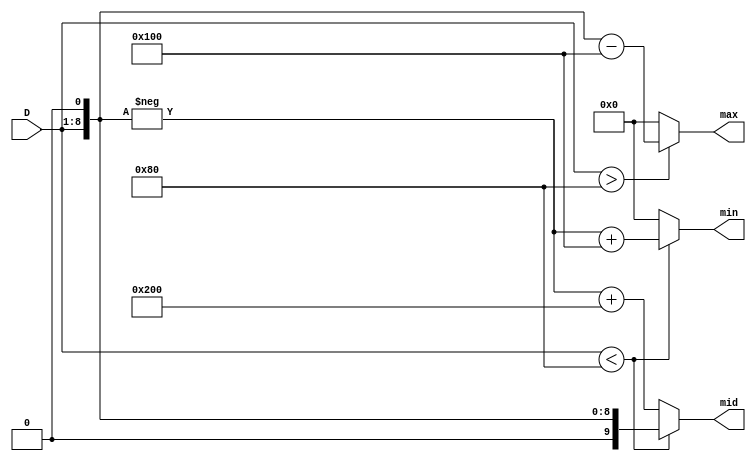
module fuzzy_val(
    input [7:0] D,
    output [9:0] min,
    output [9:0] mid,
    output [9:0] max
    );
    
    assign min = (D < (1<<7)) ? -(D<<1) + (1<<8) : 0               ;  
    assign max = (D > (1<<7)) ?  (D<<1) - (1<<8) : 0               ;
    assign mid = (D < (1<<7)) ?  (D<<1)          : -(D<<1) + (1<<9); 
    
endmodule